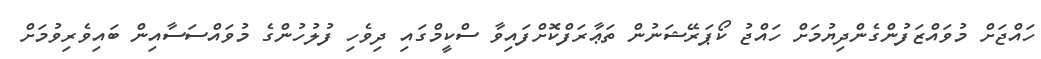
ހައްޖަށް މުވައްޒަފުންގެންދިޔުމަށް ހައްޖު ކޯޕަރޭޝަނުން ތަޢާރަފްކޮށްފައިވާ ސްކީމްގައި ދިވެހި ފުލުހުންގެ މުވައްސަސާއިން ބައިވެރިވުމަށް